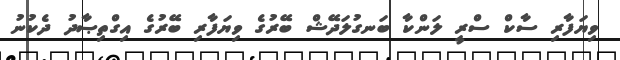
ވިޔަފާރި ސާކް ސްރީ ލަންކާ ބަނގުލަދޭޝް ބޭރުގެ ވިޔަފާރި ބޭރުގެ އިގްތިޞާދު ދެކުނު